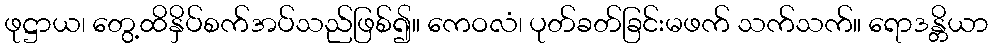
ဖုဋ္ဌာယ၊ တွေ့ထိနှိပ်စက်အပ်သည်ဖြစ်၍။ ကေဝလံ၊ ပုတ်ခတ်ခြင်းမဖက် သက်သက်။ ရောဒန္တိယာ